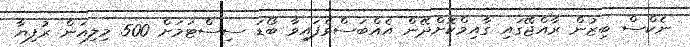
ނެކްސް ބިޒުން ރާއްޖޭގައި ގާއިމްކޮށްދޭން އެއްބަސްވެފައިވާ ބޯޑަ ސިސްޓަމަށް 500 މިލިއަން ރުފިޔާ